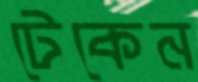
টেকেন